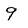
Character: 9